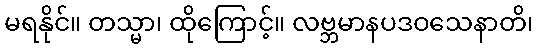
မရနိုင်။ တသ္မာ၊ ထိုကြောင့်။ လဗ္ဘမာနပဒဝသေနာတိ၊